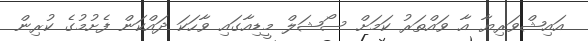
އައިޝްވަރިޔާ އާ ވައްތަރު ކަމަށް ސޯޝަލް މީޑިއާގައި ވާހަކަ ދައްކަން ފެށުމުގެ ކުރިން